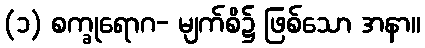
(၁) စက္ခုရောဂ- မျက်စိ၌ ဖြစ်သော အနာ။